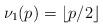
LaTeX: \begin{align*}\nu_1(p) = \lfloor p/2 \rfloor \end{align*}